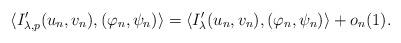
LaTeX: \begin{align*} \langle I_{\lambda,p}'(u_{n},v_{n}),(\varphi_{n},\psi_{n})\rangle=\langle I_{\lambda}'(u_{n},v_{n}),(\varphi_{n},\psi_{n})\rangle+o_{n}(1). \end{align*}